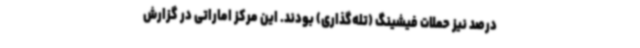
درصد نیز حملات فیشینگ (تله‌گذاری) بودند. این مرکز اماراتی در گزارش